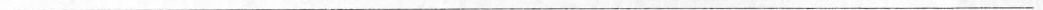
___